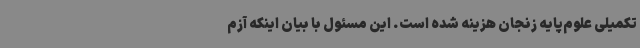
تکمیلی علوم‌پایه زنجان هزینه شده است. این مسئول با بیان اینکه آزم